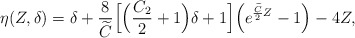
\begin{align*}\eta(Z,\delta)=\delta+\frac{8}{\widetilde{C}}\Big[\Big(\frac{C_2}{2}+1\Big)\delta+1\Big]\Big(e^{\frac{\widetilde{C}}{2}Z}-1\Big)-4Z,\end{align*}